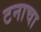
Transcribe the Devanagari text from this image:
टनाचा